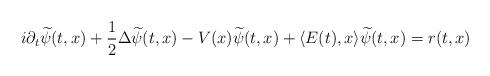
LaTeX: \begin{align*} i \partial_t \widetilde{\psi}(t,x) + \frac{1}{2} \Delta \widetilde{\psi}(t,x) - V(x) \widetilde{\psi}(t,x) + \langle E(t) , x \rangle \widetilde{\psi}(t,x)= r(t,x)\end{align*}